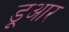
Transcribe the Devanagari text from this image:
डूआर